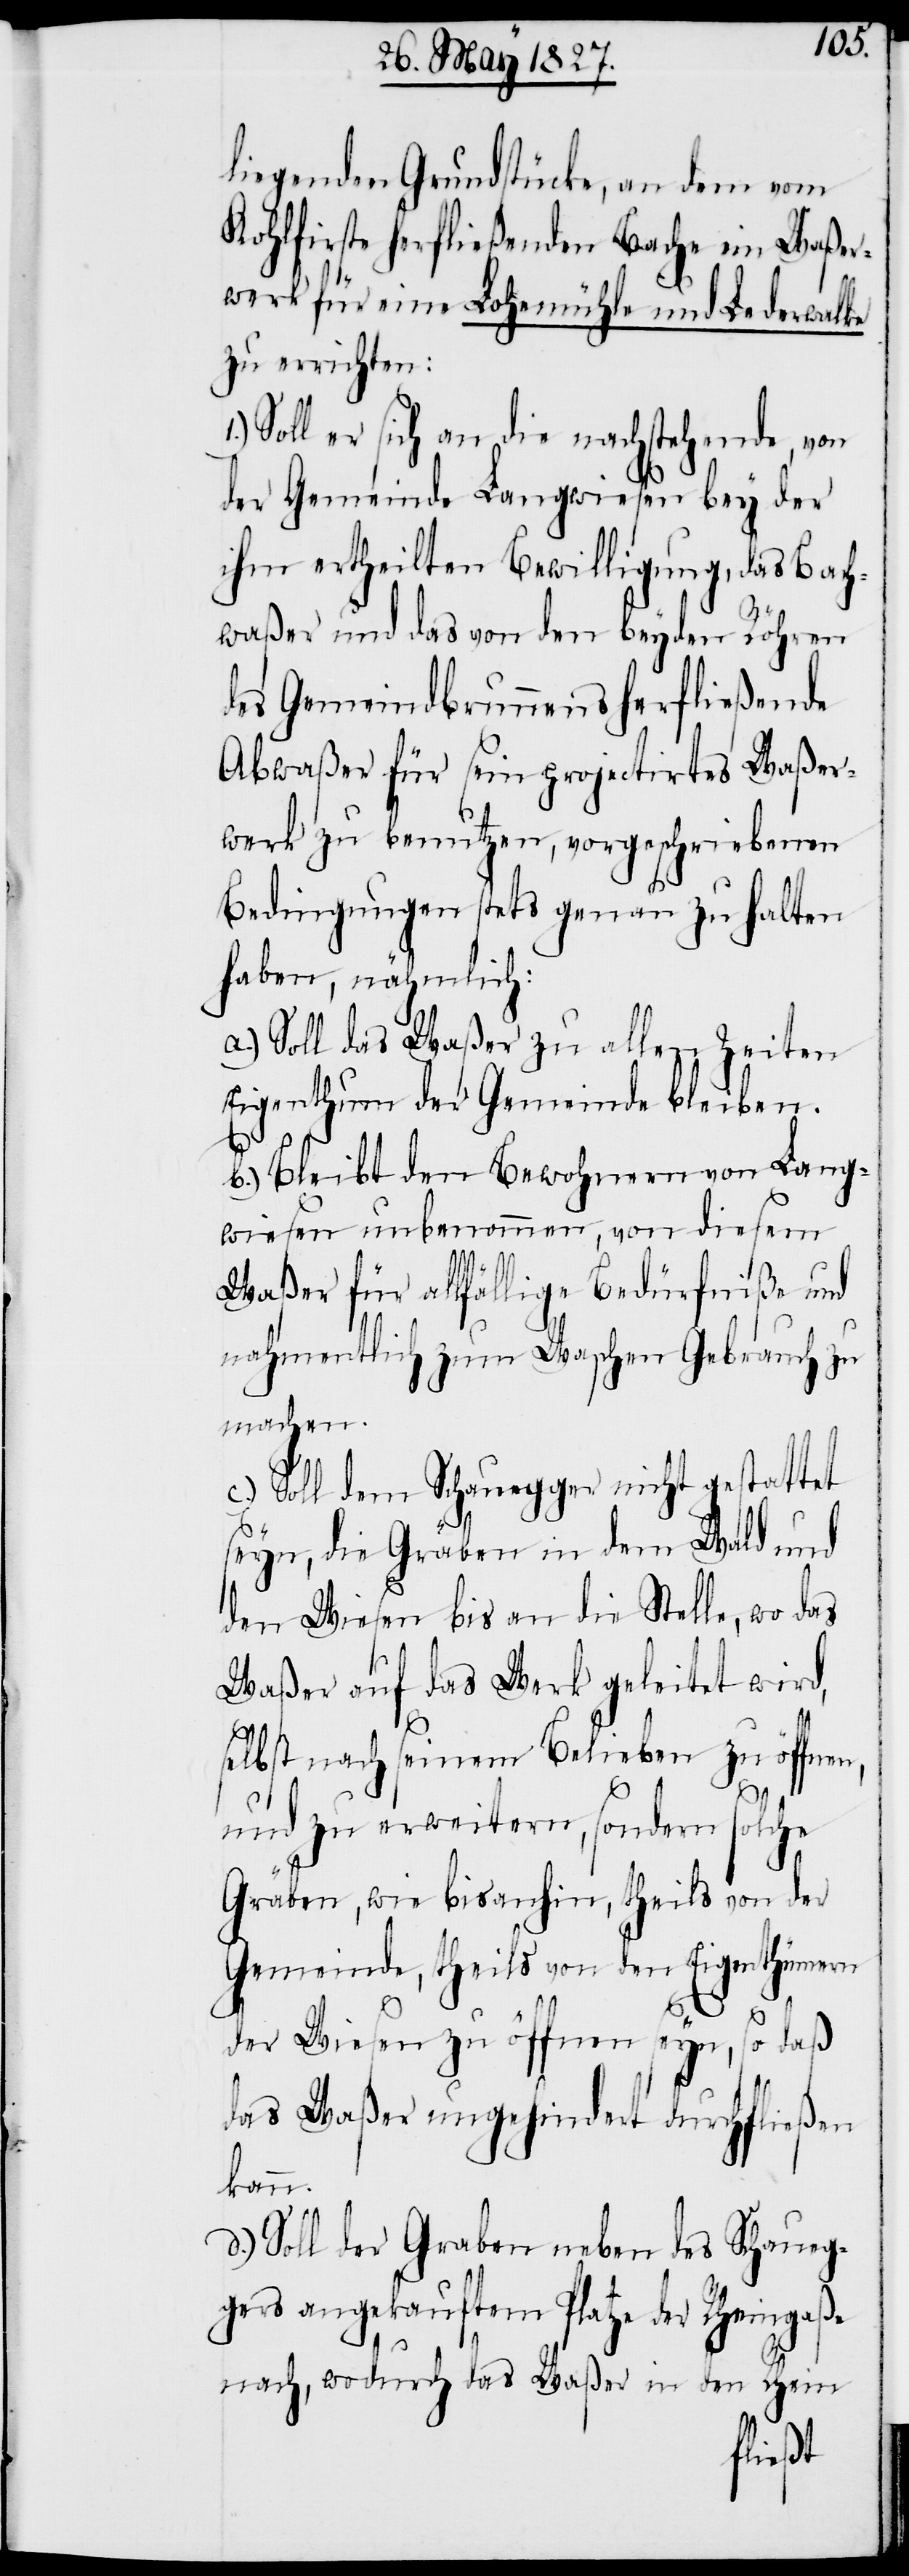
liegenden Grundstücke, an dem vom
Kohlfirste herfließenden Bache ein Waßer¬
werk für eine Lohemühle und Lederwalke
zu errichten:
Soll er sich an die nachstehende, von
der Gemeinde Langwiesen bey der
ihm ertheilten Bewilligung, das Bach¬
waßer und das von den beyden Röhren
des Gemeindbrunnens herfließende
Abwaßer für sein projectirtes Waßer¬
werk zu benutzen, vorgeschriebenen
Bedingungen stets genau zu halten
haben, nähmlich:
a.) Soll das Waßer zu allen Zeiten
Eigenthum der Gemeinde bleiben.
b.) Bleibt den Bewohnern von Lang¬
wiesen unbenommen, von diesem
Waßer für allfällige Bedürfniße und
nahmentlich zum Waschen Gebrauch zu
machen.
c.) Soll dem Schauegger nicht gestattet
seyn, die Gräben in dem Wald und
den Wiesen bis an die Stelle, wo das
Waßer auf das Werk geleitet wird,
selbst nach seinem Belieben zu öffnen,
und zu erweitern, sondern solche
Gräben, wie bis anhin, theils von der
Gemeinde, theils von den Eigenthümern
der Wiesen zu öffnen seyn, so daß
das Waßer ungehindert durchfließen
kann.
d.) Soll der Graben neben des Schaueg¬
gers angekauftem Platze der Rheingaße
nach, wodurch das Waßer in den Rhein